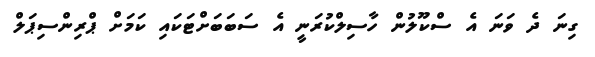
ގިނަ ދެ ވަނަ އެ ސްކޫލުން ހާސިލްކުރަނީ އެ ސަބަބަށްޓަކައި ކަމަށް ޕްރިންސިޕަލް